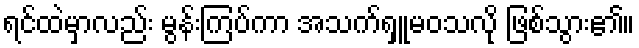
ရင်ထဲမှာလည်း မွန်းကြပ်ကာ အသက်ရှူမဝသလို ဖြစ်သွား၏။